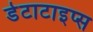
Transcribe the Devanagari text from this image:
डेटाटाइप्स